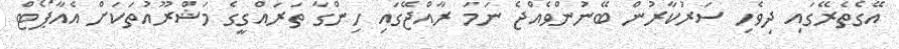
އޭގެތެރޭގައި ދިވެހި ސަރުކާރުން ބޭނުންވެއްޖެ ނަމަ ރާއްޖޭގައި ހިންގާ ތަރައްގީގެ މަޝްރޫއުތަކަަށް އެއާޕޯޓް